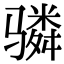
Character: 𬴊